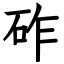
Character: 砟